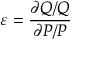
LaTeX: \varepsilon = { \frac { \partial Q / Q } { \partial P / P } }